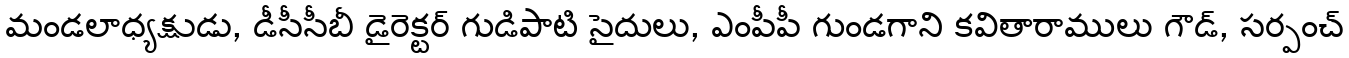
మండలాధ్యక్షుడు, డీసీసీబీ డైరెక్టర్ గుడిపాటి సైదులు, ఎంపీపీ గుండగాని కవితారాములు గౌడ్, సర్పంచ్